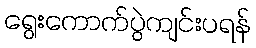
ရွေးကောက်ပွဲကျင်းပရန်